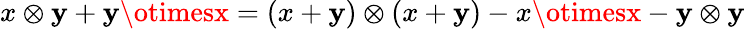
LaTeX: x\otimes\mathbf{y}+\mathbf{y}\otimesx=(x+\mathbf{y})\otimes(x+\mathbf{y})-x\otimesx-\mathbf{y}\otimes\mathbf{y}